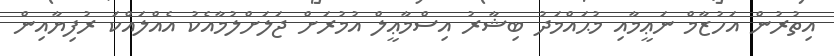
އިތުރުން އަހުޒާމް ނަޢީމާއި މުޙައްމަދު ބިޝާރު އިސްމާޢީލް އުމުރަށް ޖަލަށްލުމާއެކު އެއްލައްކަ ރުފިޔާއިން